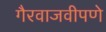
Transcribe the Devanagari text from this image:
गैरवाजवीपणे